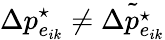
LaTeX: \Delta p_{e_{ik}}^{\star}\neq\tilde{\Delta p_{e_{ik}}^{\star}}